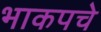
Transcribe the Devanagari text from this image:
भाकपचे